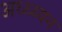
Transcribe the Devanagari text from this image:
अध्ध्य्यन